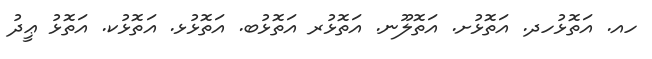
ހއ. އަތޮޅުހދ. އަތޮޅުށ. އަތޮލޫނ. އަތޮޅުރ އަތޮޅުބ. އަތޮޅުޅ. އަތޮޅުކ. އަތޮޅު ޢީދު